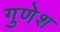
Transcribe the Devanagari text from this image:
गुणेश